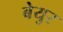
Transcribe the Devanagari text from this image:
बेयुर